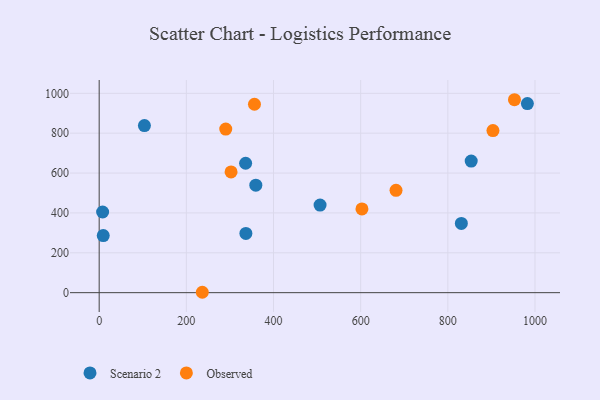
{"axis": {"x": "Ad Spend", "y": "Fuel Efficiency"}, "legend": ["Observed", "Scenario 2"], "data": [{"x": "7.9", "y": 404.7, "type": "Scenario 2"}, {"x": "336.6", "y": 297.3, "type": "Scenario 2"}, {"x": "982.5", "y": 948.5, "type": "Scenario 2"}, {"x": "831.0", "y": 347.3, "type": "Scenario 2"}, {"x": "103.8", "y": 838.3, "type": "Scenario 2"}, {"x": "853.6", "y": 660.3, "type": "Scenario 2"}, {"x": "359.4", "y": 539.5, "type": "Scenario 2"}, {"x": "336.0", "y": 649.3, "type": "Scenario 2"}, {"x": "9.3", "y": 286.4, "type": "Scenario 2"}, {"x": "506.8", "y": 439.4, "type": "Scenario 2"}, {"x": "302.6", "y": 605.9, "type": "Observed"}, {"x": "903.5", "y": 813.3, "type": "Observed"}, {"x": "356.3", "y": 945.2, "type": "Observed"}, {"x": "952.9", "y": 967.9, "type": "Observed"}, {"x": "236.6", "y": 2.0, "type": "Observed"}, {"x": "290.4", "y": 820.9, "type": "Observed"}, {"x": "602.9", "y": 420.0, "type": "Observed"}, {"x": "681.1", "y": 513.2, "type": "Observed"}]}